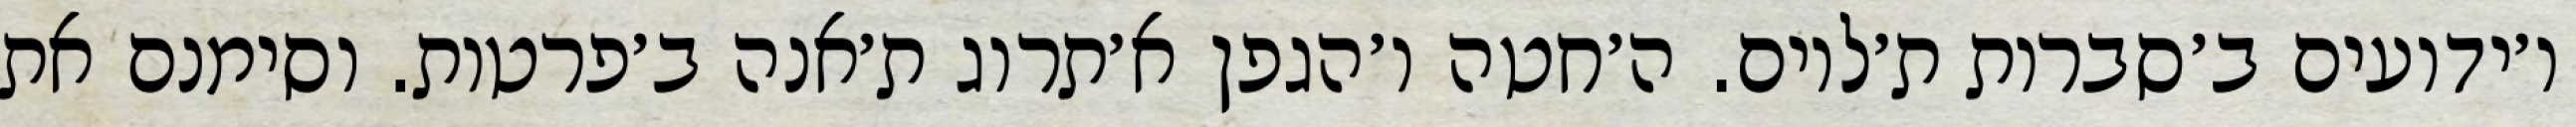
ו׳ידועים ב׳סברות ת׳לוים. ה׳חטה ו׳הגפן א׳תרוג ת׳אנה ב׳פרטות. וסימנם את